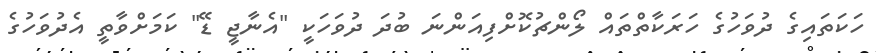
ހަކަތައިގެ ދުވަހުގެ ހަރަކާތްތައް ލޯންޗުކޮށްފިއަންނަ ބުދަ ދުވަހަކީ "އެނާޖީ ޑޭ" ކަމަށްވާތީ އެދުވަހުގެ